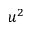
u ^ { 2 }